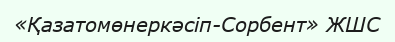
«Қазатомөнеркәсіп-Сорбент» ЖШС